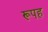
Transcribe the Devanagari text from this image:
रूपह